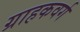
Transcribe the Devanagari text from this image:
ग्राहकवर्ग